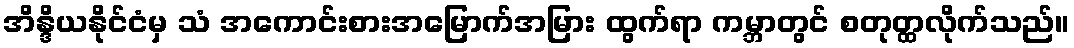
အိန္ဒိယနိုင်ငံမှ သံ အကောင်းစားအမြောက်အမြား ထွက်ရာ ကမ္ဘာတွင် စတုတ္ထလိုက်သည်။